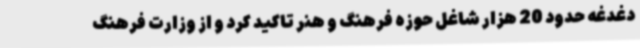
دغدغه حدود 20 هزار شاغل حوزه فرهنگ و هنر تاکید کرد و از وزارت فرهنگ